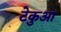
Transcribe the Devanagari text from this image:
टेकुआ